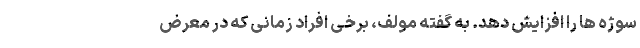
سوژه ها را افزایش دهد. به گفته مولف، برخی افراد زمانی که در معرض